Lunatic asylums Central Provinces reports 1910-1926 - 1910-1926
Year: 1910
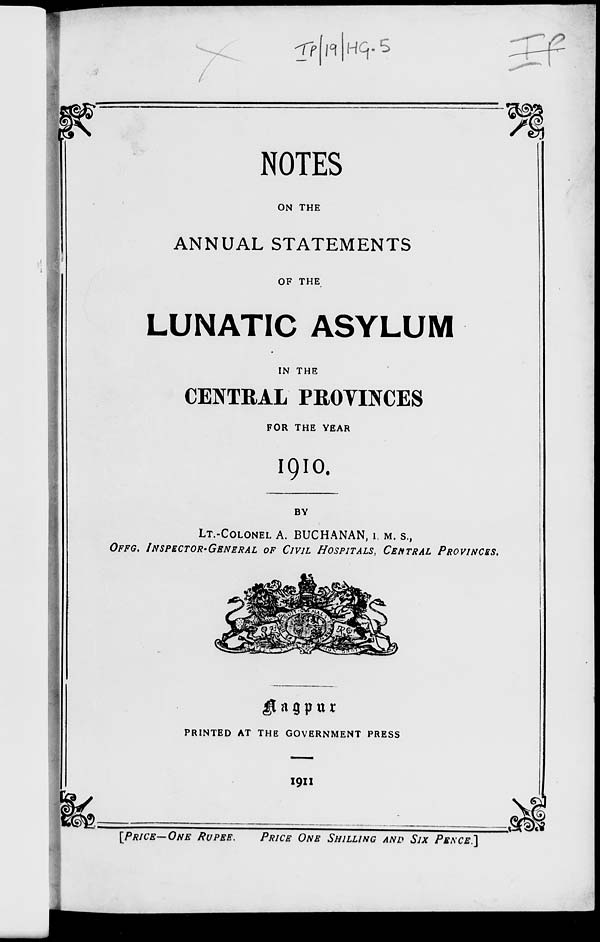
NOTES
ON THE
ANNUAL STATEMENTS
OF THE
LUNATIC ASYLUM
IN THE
CENTRAL PROVINCES
FOR THE YEAR
1910.
BY
LT.-COLONEL A. BUCHANAN, I,M. S.,
OFFG. INSPECTOR-GENERAL
OF CIVIL HOSPITALS, CENTRAL
PROVINCES.
Nagpur
PRINTED AT THE GOVERNMENT PRESS
1911
[PRICE—ONE
RUPEE.
PRICE ONE SHILLING AND SIX PENCE.]